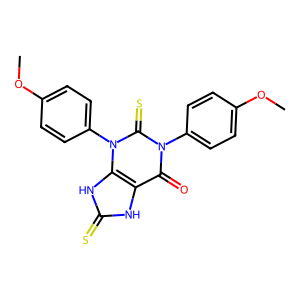
SMILES: COc1ccc(-n2c(=O)c3[nH]c(=S)[nH]c3n(-c3ccc(OC)cc3)c2=S)cc1
Inhibits HIV replication: No